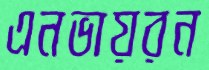
এনভায়রন